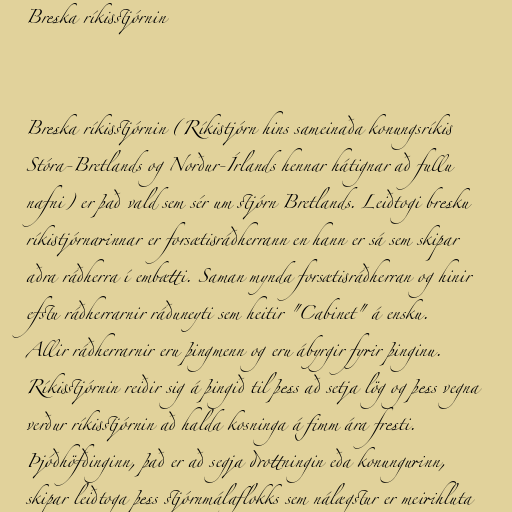
Breska ríkisstjórnin

Breska ríkisstjórnin (Ríkistjórn hins sameinaða konungsríkis
Stóra-Bretlands og Norður-Írlands hennar hátignar að fullu
nafni) er það vald sem sér um stjórn Bretlands. Leiðtogi bresku
ríkistjórnarinnar er forsætisráðherrann en hann er sá sem skipar
aðra ráðherra í embætti. Saman mynda forsætisráðherran og hinir
efstu ráðherrarnir ráðuneyti sem heitir "Cabinet" á ensku.
Allir ráðherrarnir eru þingmenn og eru ábyrgir fyrir þinginu.
Ríkisstjórnin reiðir sig á þingið til þess að setja lög og þess vegna
verður ríkisstjórnin að halda kosninga á fimm ára fresti.
Þjóðhöfðinginn, það er að segja drottningin eða konungurinn,
skipar leiðtoga þess stjórnmálaflokks sem nálægstur er meirihluta